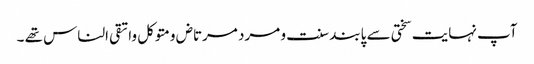
آپ نہایت سختی سے پابند سنت و مرد مرتاض ومتوکل واتقی الناس تھے ۔